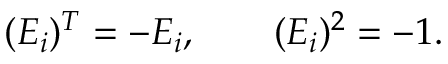
( E _ { i } ) ^ { T } = - E _ { i } , \quad \quad ( E _ { i } ) ^ { 2 } = - 1 .